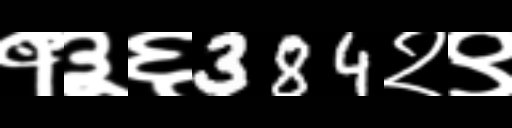
Text: १३६384२९